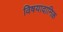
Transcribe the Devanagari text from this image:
विषयादानिक